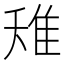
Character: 𨾘